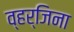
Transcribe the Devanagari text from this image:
व्हर्जिना